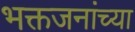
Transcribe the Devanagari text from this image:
भक्तजनांच्या